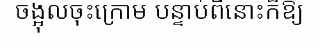
ចង្អុលចុះក្រោម បន្ទាប់ពីនោះក៏ឱ្យ